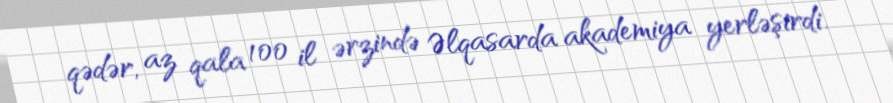
qədər, az qala 100 il ərzində Əlqasarda akademiya yerləşirdi.